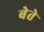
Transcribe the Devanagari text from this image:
बेते